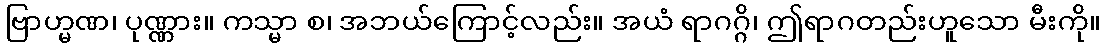
ဗြာဟ္မဏ၊ ပုဏ္ဏား။ ကသ္မာ စ၊ အဘယ်ကြောင့်လည်း။ အယံ ရာဂဂ္ဂိ၊ ဤရာဂတည်းဟူသော မီးကို။